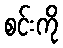
စင်းကို